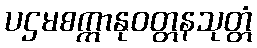
ပဌမစက္ကာနုဝတ္တနသုတ္တံ